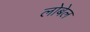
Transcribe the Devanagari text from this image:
लोबेल